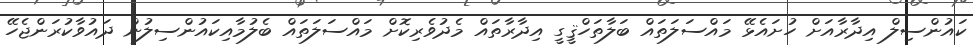
ކައުންސިލް އިދާރާއަށް ހުށައެޅޭ މައްސަލަތައް ބަލާތަހްޤީގީ އިދާރާތައް މެދުވެރިކޮށް މައްސަލަތައް ބެލުމާއިކައުންސިލުން ދައުވާކުރަންޖެހޭ